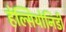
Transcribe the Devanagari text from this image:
हेल्सियोनिडी